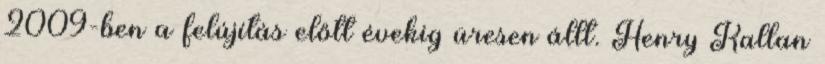
2009-ben a felújítás előtt évekig üresen állt. Henry Kallan